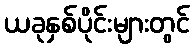
ယခုနှစ်ပိုင်းများတွင်